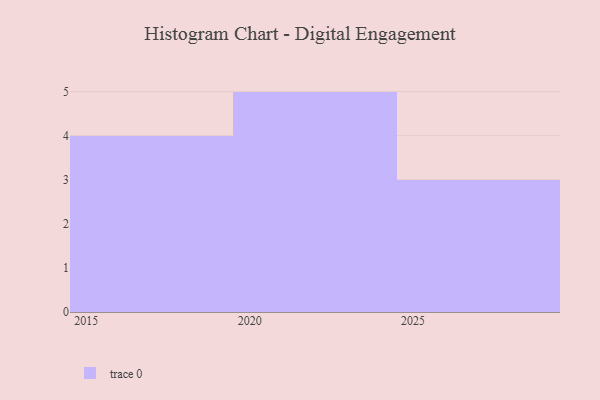
{"axis": {"x": "Year", "y": "Market Share (%)"}, "legend": [""], "data": [{"x": "2024", "y": 61, "type": ""}, {"x": "2026", "y": 18, "type": ""}, {"x": "2025", "y": 34, "type": ""}, {"x": "2023", "y": 96, "type": ""}, {"x": "2022", "y": 41, "type": ""}, {"x": "2028", "y": 3, "type": ""}, {"x": "2021", "y": 78, "type": ""}, {"x": "2018", "y": 88, "type": ""}, {"x": "2016", "y": 96, "type": ""}, {"x": "2017", "y": 90, "type": ""}, {"x": "2020", "y": 50, "type": ""}, {"x": "2015", "y": 77, "type": ""}]}